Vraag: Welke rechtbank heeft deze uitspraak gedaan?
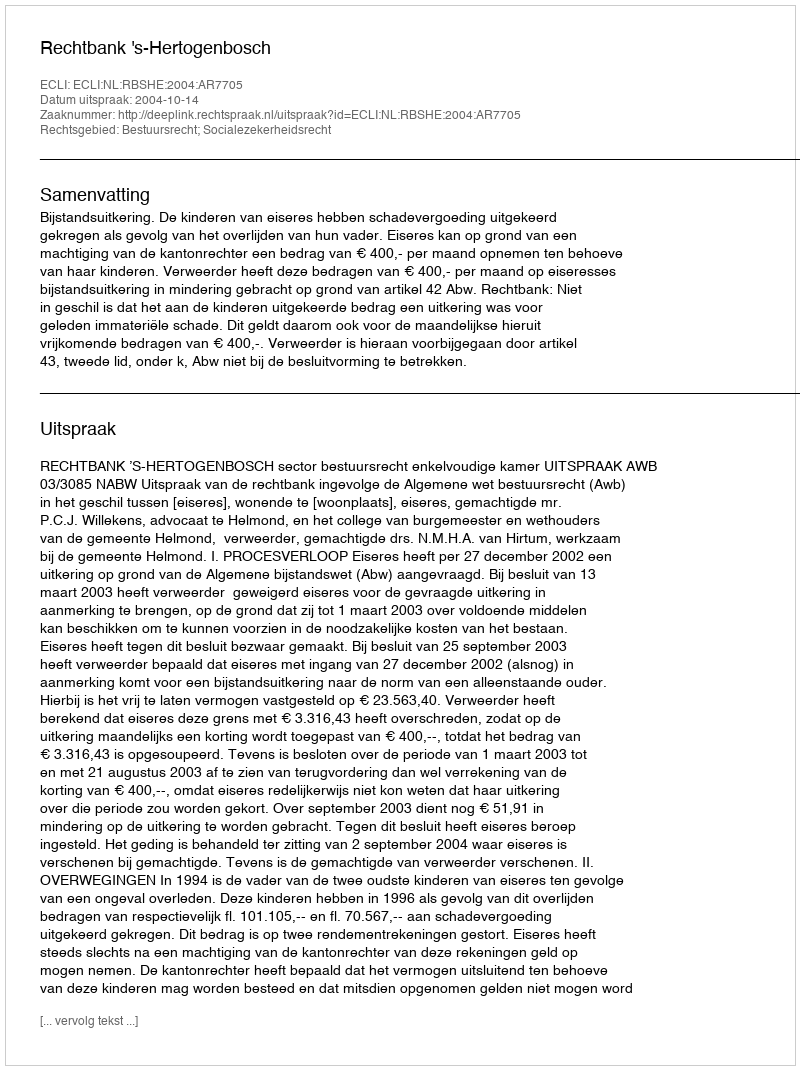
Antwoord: Rechtbank 's-Hertogenbosch